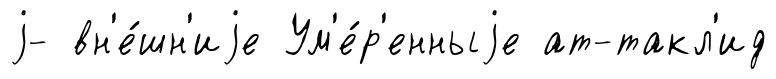
j- вн'е́шн'иjе Ум'е́р'енныjе ат-такл'ид